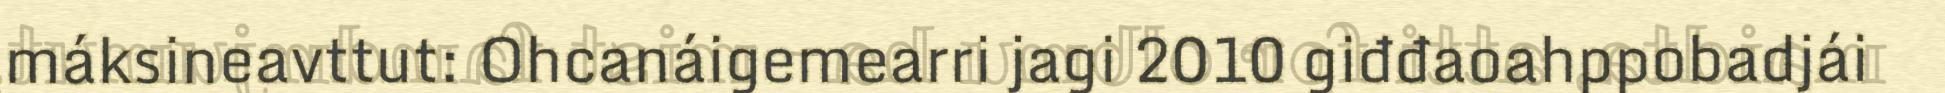
máksineavttut: Ohcanáigemearri jagi 2010 giđđaoahppobadjái